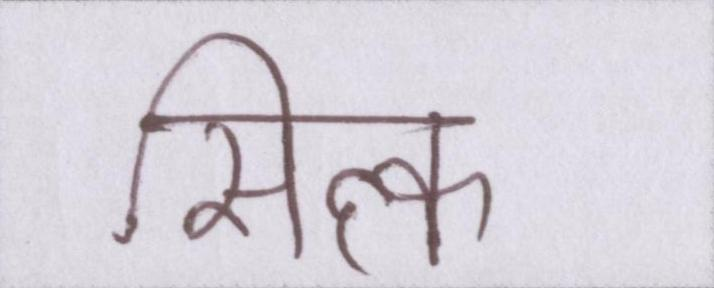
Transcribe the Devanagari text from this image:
सिल्क